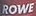
ROWE